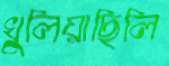
খুলিয়াছিলি